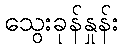
သွေးခုန်နှုန်း